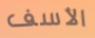
الأسف